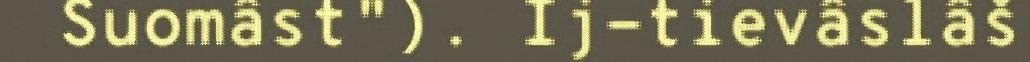
Suomâst"). Ij-tievâslâš